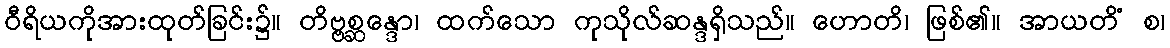
ဝီရိယကိုအားထုတ်ခြင်း၌။ တိဗ္ဗစ္ဆန္ဒော၊ ထက်သော ကုသိုလ်ဆန္ဒရှိသည်။ ဟောတိ၊ ဖြစ်၏။ အာယတိံ စ၊